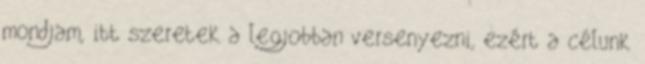
mondjam, itt szeretek a legjobban versenyezni, ezért a célunk